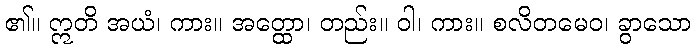
၏။ ဣတိ အယံ၊ ကား။ အတ္ထော၊ တည်း။ ဝါ၊ ကား။ စလိတမေဝ၊ ခွာသော